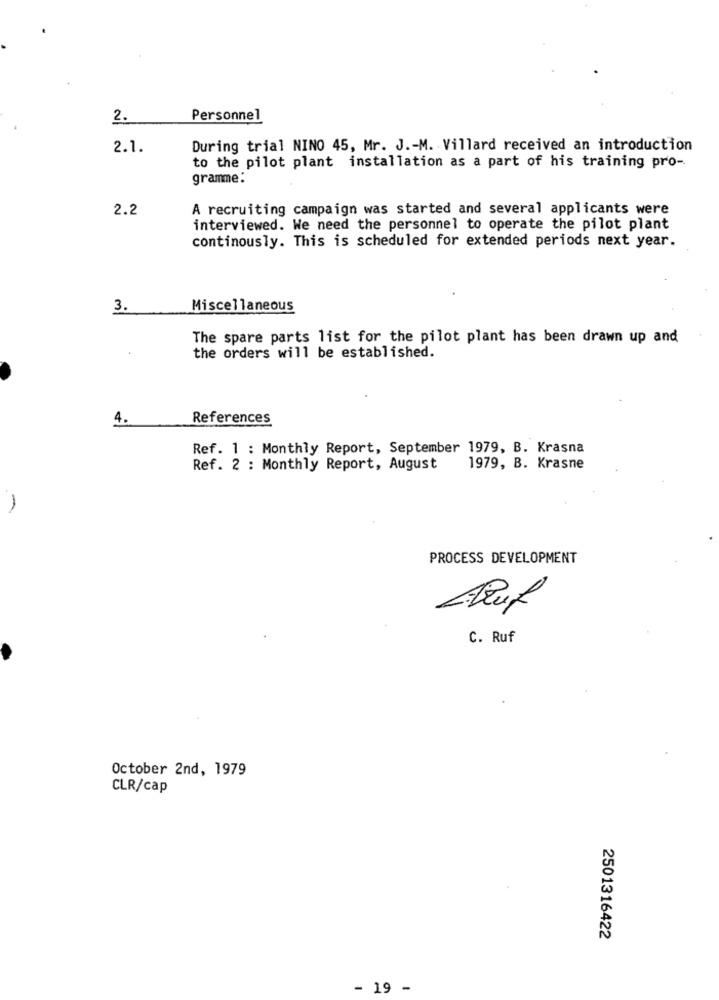
2.
Personnel
2.1.
During trial NINO 45, Mr. J .- M. Villard received an introduction
to the pilot plant installation as a part of his training pro-
gramme:
2.2
A recruiting campaign was started and several applicants were
interviewed. We need the personnel to operate the pilot plant
continously. This is scheduled for extended periods next year.
3.
Miscellaneous
The spare parts list for the pilot plant has been drawn up and
the orders will be established.
4.
References
Ref. 1 : Monthly Report, September 1979, B. Krasna
Ref. 2 : Monthly Report, August
1979, B. Krasne
PROCESS DEVELOPMENT
C. Ruf
October 2nd, 1979
CLR/cap
2501316422
- 19 -